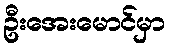
ဦးအေးမောင်မှာ